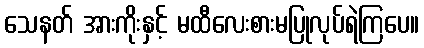
သေနတ် အားကိုးနှင့် မထီလေးစားမပြုလုပ်ရဲကြပေ။